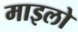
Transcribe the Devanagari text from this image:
माइलो